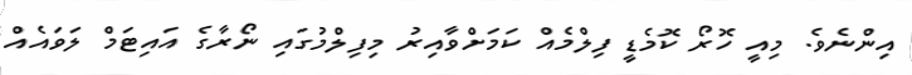
އިންނެވެ. މިއީ ހޮރޯ ކޮމެޑީ ފިލްމެއް ކަމަށްވާއިރު މިފިލްމުގައި ނޯރާގެ އައިޓަމް ލަވައެއް